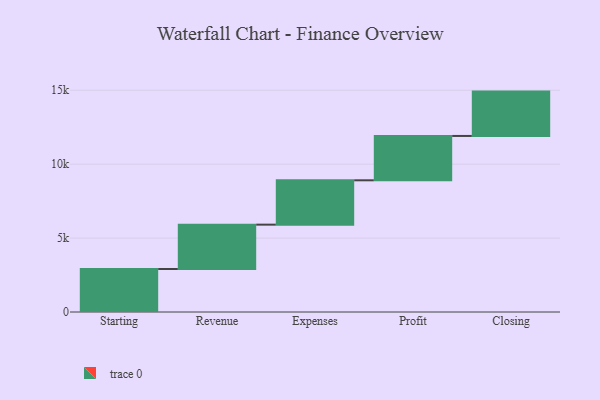
{"axis": {"x": "Step", "y": "Value"}, "legend": [""], "data": [{"x": "Starting", "y": 2909.0, "type": ""}, {"x": "Revenue", "y": 3000, "type": ""}, {"x": "Expenses", "y": 3000, "type": ""}, {"x": "Profit", "y": 3000, "type": ""}, {"x": "Closing", "y": 3000, "type": ""}]}